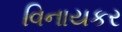
વિનાયકર